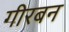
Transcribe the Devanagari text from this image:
गीरबन